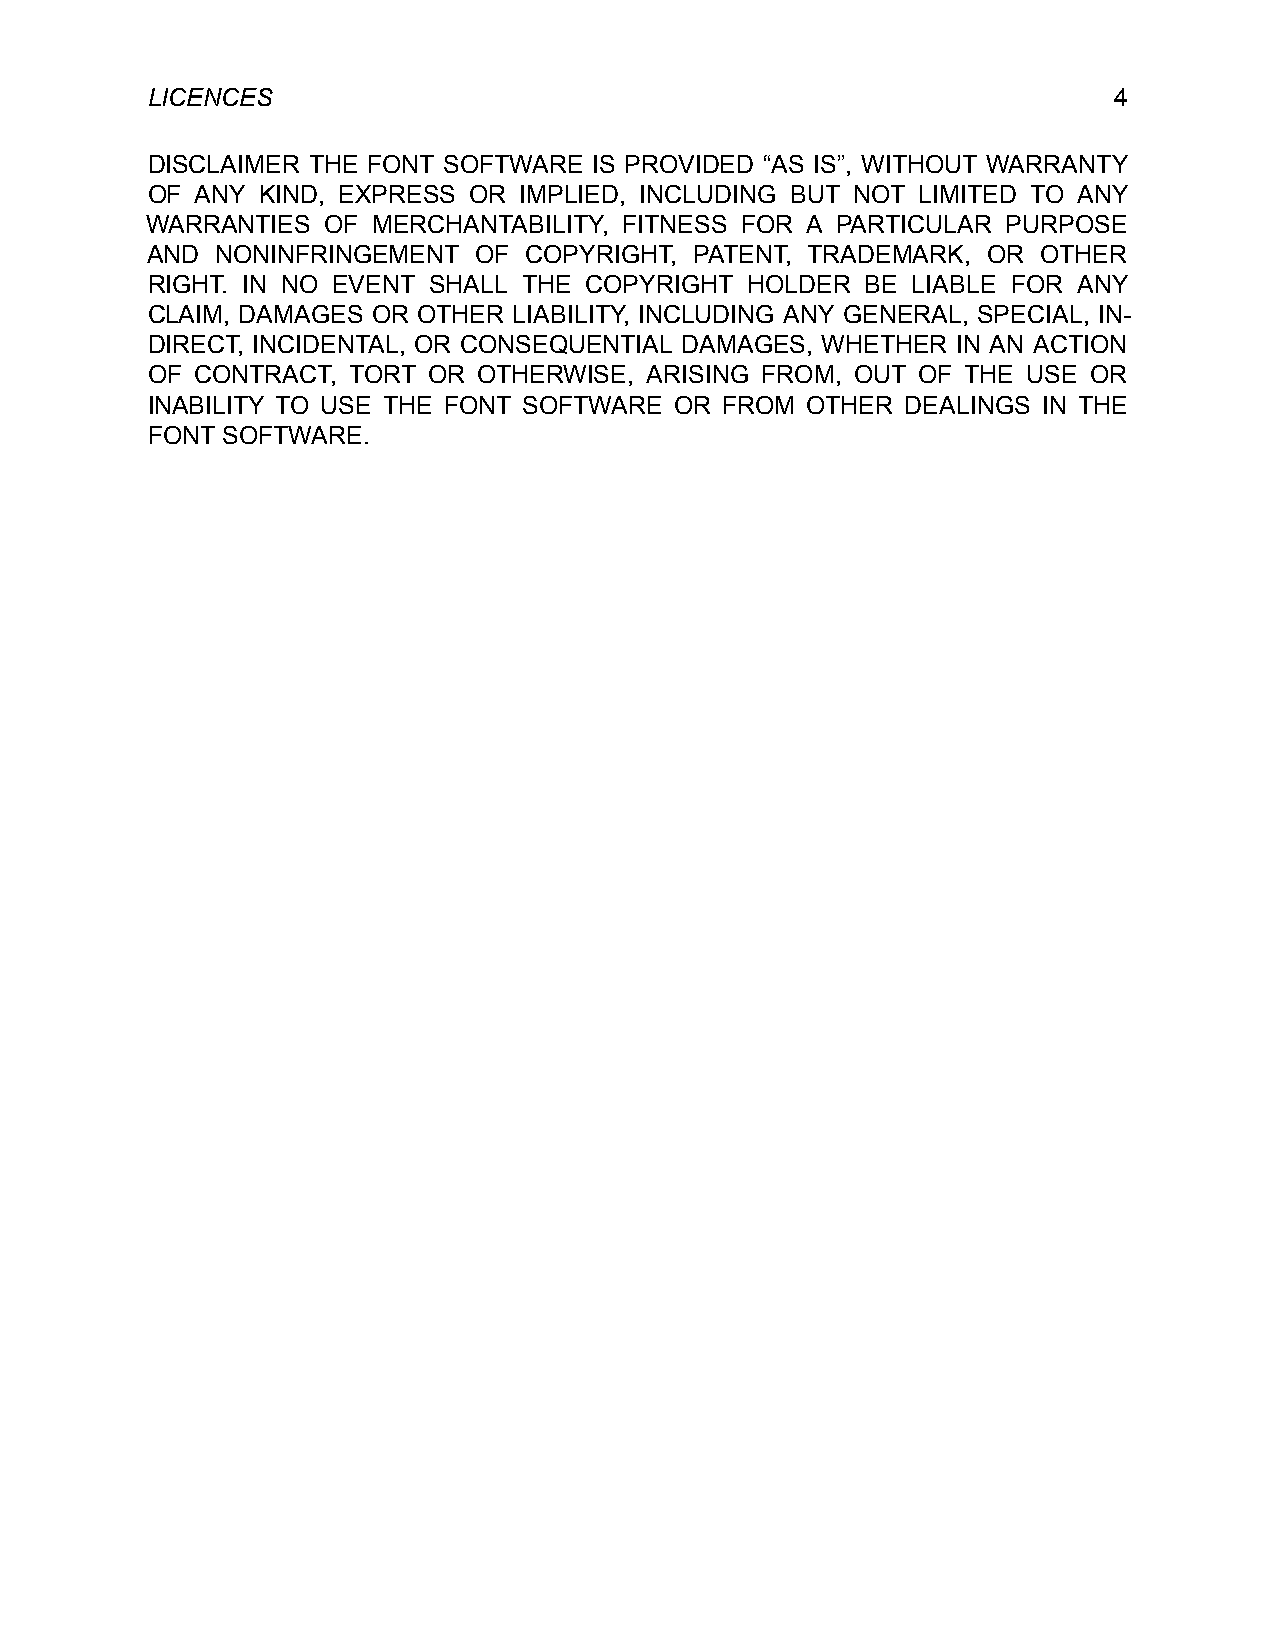
LICENCES                                                        4
 DISCLAIMER THE FONT SOFTWARE IS PROVIDED “AS IS”, WITHOUT WARRANTY
 OF ANY KIND, EXPRESS OR IMPLIED, INCLUDING BUT NOT LIMITED TO ANY
 WARRANTIES  OF MERCHANTABILITY, FITNESS FOR A PARTICULAR PURPOSE
 AND NONINFRINGEMENT  OF  COPYRIGHT, PATENT, TRADEMARK, OR  OTHER
 RIGHT. IN NO EVENT SHALL THE COPYRIGHT  HOLDER BE LIABLE FOR ANY
 CLAIM, DAMAGES OR OTHER LIABILITY, INCLUDING ANY GENERAL, SPECIAL, IN-
 DIRECT, INCIDENTAL, OR CONSEQUENTIAL DAMAGES, WHETHER IN AN ACTION
 OF CONTRACT, TORT OR  OTHERWISE, ARISING FROM, OUT OF THE USE OR
 INABILITY TO USE THE FONT SOFTWARE OR FROM OTHER  DEALINGS IN THE
 FONT SOFTWARE.